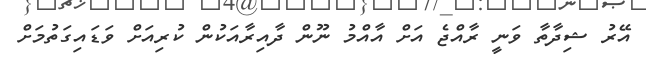
އޭރު ޝިދާތާ ވަނީ ރާއްޖެ އަށް އާއްމު ނޫން ދާއިރާއަކުން ކުރިއަށް ވަޑައިގަތުމަށް